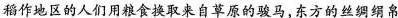
稻作地区的人们用粮食换取来自草原的骏马，东方的丝绸绢帛